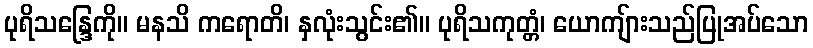
ပုရိသန္ဒြေကို။ မနသိ ကရောတိ၊ နှလုံးသွင်း၏။ ပုရိသကုတ္တံ၊ ယောကျ်ားသည်ပြုအပ်သော